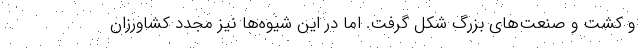
و کشت و صنعت‌های بزرگ شکل گرفت. اما در این شیوه‌ها نیز مجدد کشاورزان